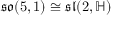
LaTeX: { \mathfrak { s o } } ( 5 , 1 ) \cong { \mathfrak { s l } } ( 2 , \mathbb { H } )